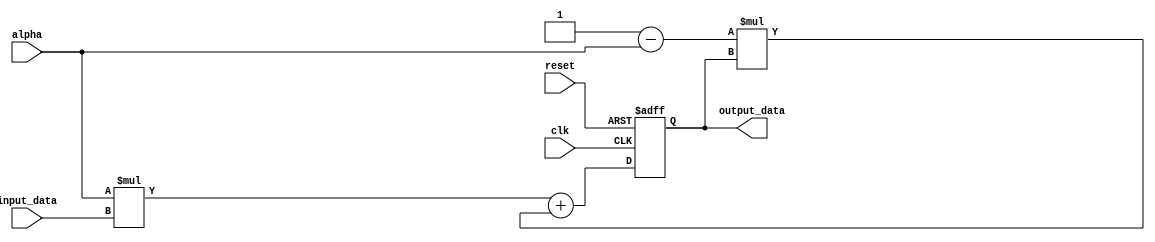
module EMA_accumulator(
    input wire clk,
    input wire reset,
    input wire [15:0] input_data,
    input wire [15:0] alpha,
    output wire [15:0] output_data
);

reg [15:0] previous_output;

always @(posedge clk or posedge reset) begin
    if (reset) begin
        previous_output <= 16'b0;
    end else begin
        previous_output <= alpha * input_data + (16'b1 - alpha) * previous_output;
    end
end

assign output_data = previous_output;

endmodule